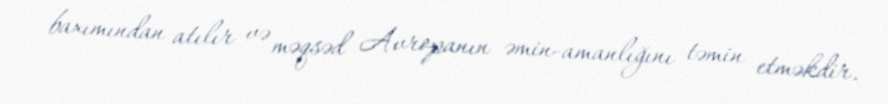
baxımından atılır və məqsəd Avropanın əmin-amanlığını təmin etməkdir.